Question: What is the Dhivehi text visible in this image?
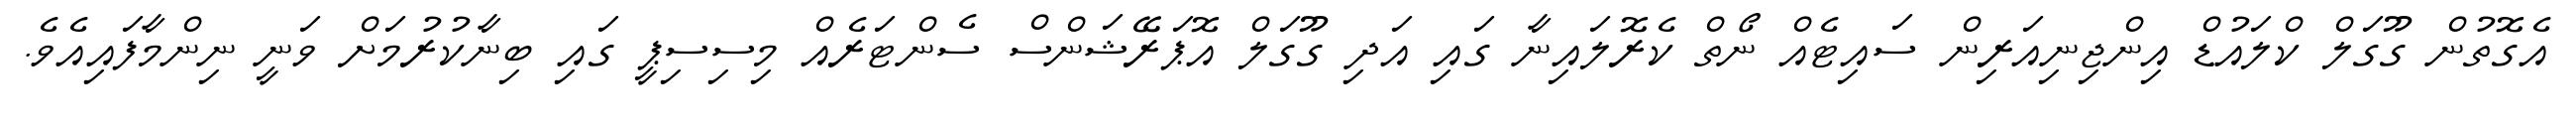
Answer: އެގޮތުން ގޫގަލް ކްލައުޑް އިންޖިނިއަރިން ސައިޓެއް ނޯތް ކެރޮލައިނާ ގައި އަދި ގޫގަލް އޮޕަރޭޝަންސް ސެންޓަރެއް މިސިސިޕީ ގައި ބިނާކުރުމަށް ވަނީ ނިންމާފައިއެވެ.